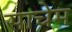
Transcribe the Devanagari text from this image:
साचेम